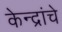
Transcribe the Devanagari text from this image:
केन्द्रांचे